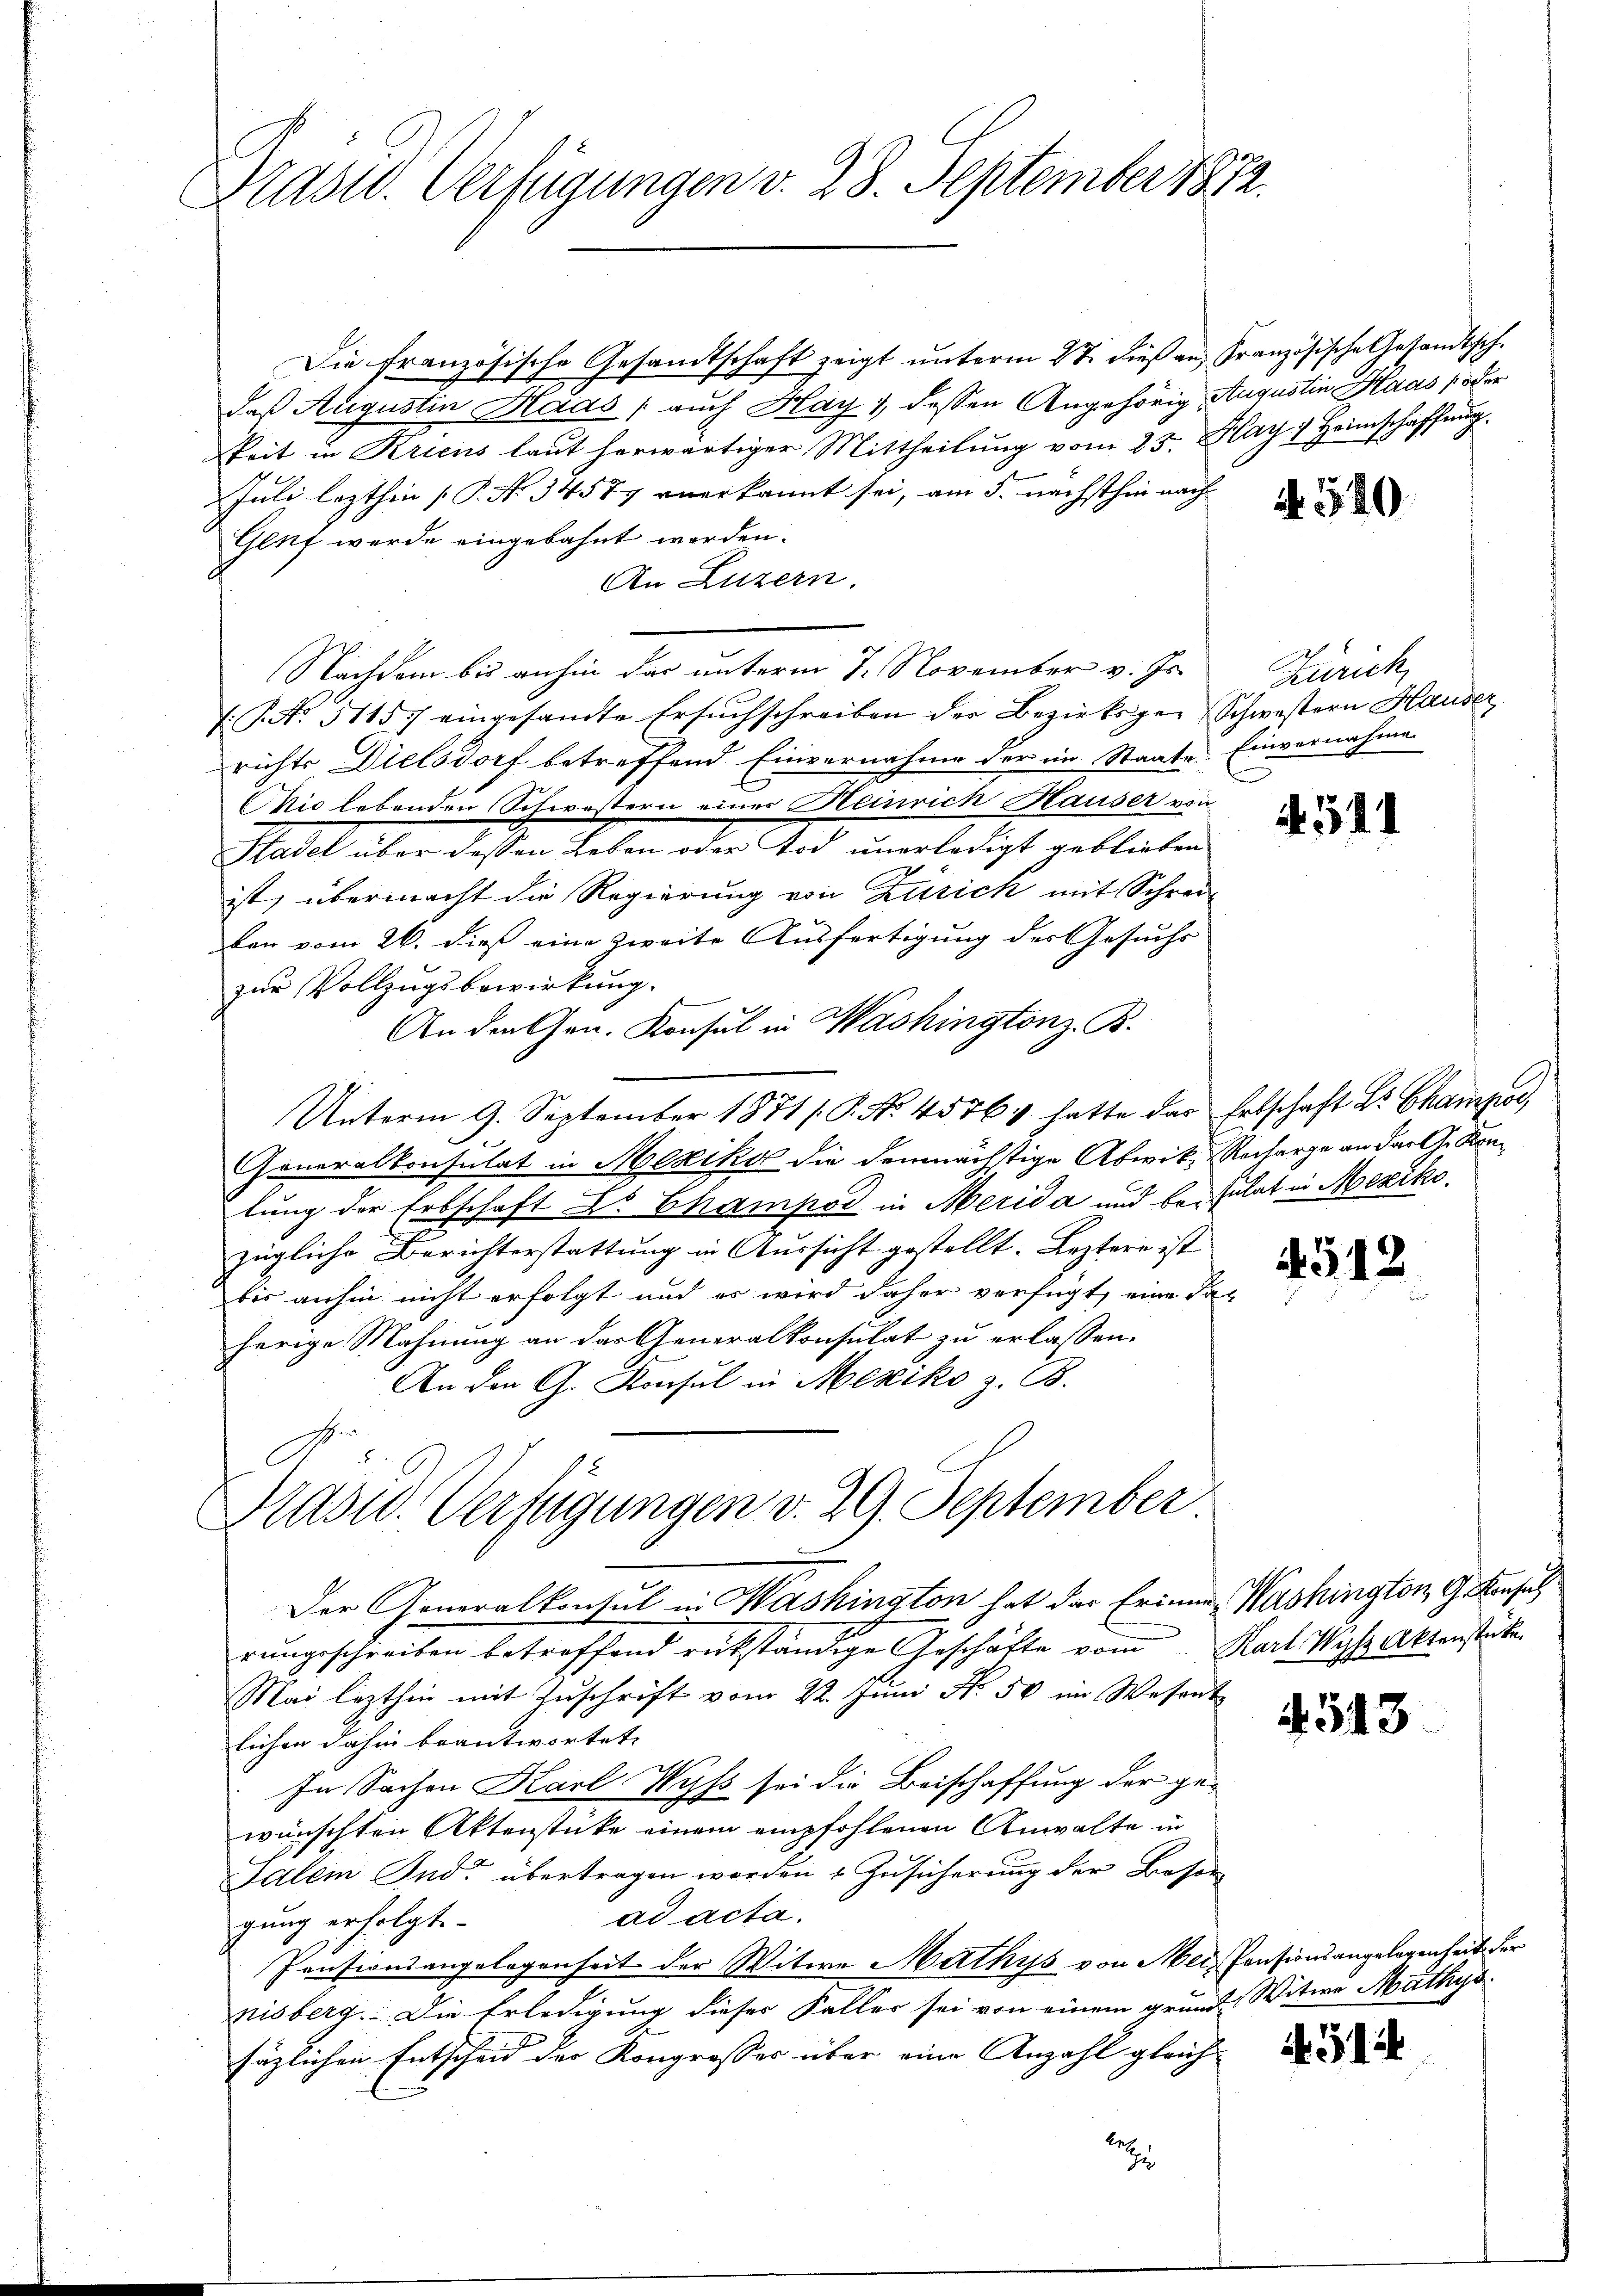
Prast. Verfügungen v. 28. September 1872.

Die französische Gesandtschaft zeigt unterm 27. dieß an, Französische Gesandtsch.
daß Augustin Haas (auch Hay), dessen Angehörig Augustin Haas poder
keit in Kriens laut herwärtiger Mittheilung vom 25. May 1 Heimschaffung
Juli lezthin [P. No. 34577 anerkannt sei, am 5. nächsthin nach
Genf werde eingebahnt werden.
An Luzern.
Nachdem bis anhin das unterm 7. November v. Js.
: 1. No. 5115 eingesandte Ersuchschreiben der Bezirksger Schwestern Hauser
richts Dielsdorf betreffend Einvernahme der im Staate Einvernahme
Cie lebenden Schwestern eines Heinrich Hauser von
Stadel über dessen Leben oder Tod unerledigt geblieben
ist, übermacht die Regierung von Zürich mit Schrei-
ben vom 26. dieß eine zweite Ausfertigung des Gesuchs
zur Vollzugsbewirkung.
An den Gen. Konsul in Washingtonz. B.
Unterm 9. September 1871 (P. No. 45761 hatte das Erbschaft Dr. Champi,
Generalkonsulat in Mexiko die demnächstige Abwik, Recharge an darth. Konlung der Erbschaft Dr Champod in Merida und besulat in Mexikozügliche Berichterstattung in Aussicht gestellt. Leztere ist |
bis anhin nicht erfolgt und es wird daher verfügt, eine daherige Mahnung an das Generalkonsulat zu erlassen.
An den G. Konsul in Mexiko z. B.
C

Prasw. Verfügungen v. 29. September
.

Der Generalkonsul in Washington hat der Erinnes Washington, G. Konsuch
rungsschreiben betreffend rükständige Geschäfte vom
Mai lezthin mit Zuschrift vom 22. Juni No 50 im Wesent
lichen dahin beantwortet
In Sachen Karl Wyss sei die Beischaffung der ge-
wünschten Aktenstüke einem empfohlenen Anwalte in
Salem Ind übertragen worden & Zusicherung der Beson
ad acta.
gung erfolgt.
Pensionsangelegenheit der Witwe Mathys von Mer, Pensionsangelegenheit der
nisberg. Die Erledigung dieser Faller sei von einem gründe Witwe Mathys
säzlichen Entscheid der Kongrosses über eine Anzahl gleich-

2

4. 540

Zürich,

.511

4512

Karl Wipf Aktenstücke

543

431